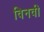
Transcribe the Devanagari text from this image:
विनवी